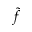
\tilde { f }